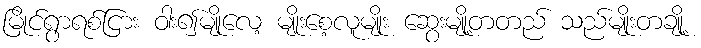
မြိုင်ရွာရစ်ငြား ဝါး၍မျိုလေ့ မျိုးစေ့လူမျိုး ဆွေးမျို့တတည် သည်မျိုးတချို့